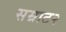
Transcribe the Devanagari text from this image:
सम्राट२